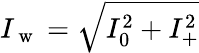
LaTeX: I_{\mathrm{~w~}}=\sqrt{I_{0}^{2}+I_{+}^{2}}